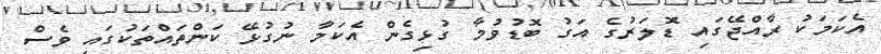
އެކަމަކު ރާއްޖޭގައި ޑޮލަރުގެ އަގު ބޮޑުވުމާ ގުޅިގެން އެކަމާ ނުގުޅޭ ކަންތައްތަކުގައި ވެސް